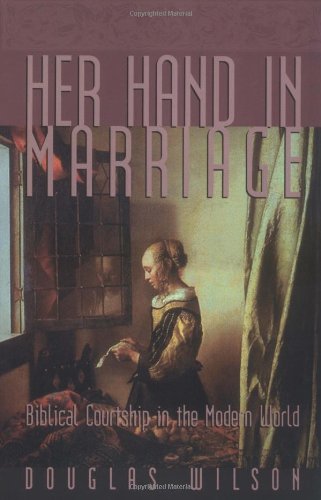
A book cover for Her Hand in Marriage: Biblical Courtship in the Modern World; Douglas Wilson; Self-Help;